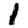
Digit: 1